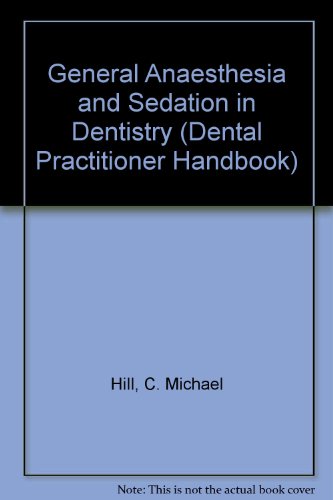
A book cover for General Anaesthesia and Sedation in Dentistry (Dental Practitioner Handbook); C. M. Hill; Medical Books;